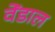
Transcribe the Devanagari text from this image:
वेंडाल